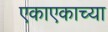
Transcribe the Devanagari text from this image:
एकाएकाच्या